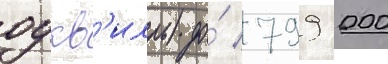
оукв'илль) до́ 799 000